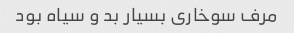
مرف سوخاری بسیار بد و سیاه بود